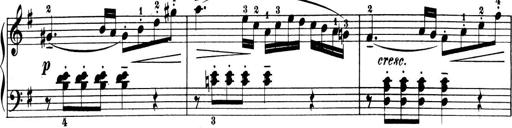
Title: 6 Piano Sonatinas
Composer: Cornelius Gurlitt